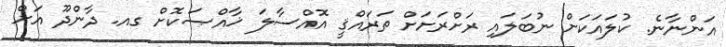
އަންނާނެ. ކުލައަކަށް ނުބަލައި ރަށްރަށަށް ތަރައްޤީ އޮއްސާލަ ޚާއްޞަކޮށް ގއ. ދާންދޫ އަށް